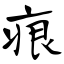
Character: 痕